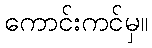
ကောင်းကင်မှ။